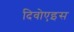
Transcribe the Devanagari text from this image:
दिवोएइस